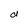
Character: d